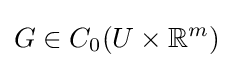
G\in C_{0}(U\times \mathbb {R} ^{m})